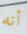
أنه